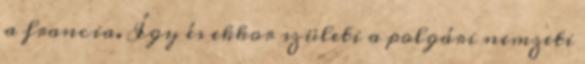
a francia. Így és ekkor születi a polgári nemzeti